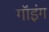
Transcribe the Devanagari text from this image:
गॉइंग